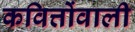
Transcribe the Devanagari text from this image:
कवित्तोंवाली